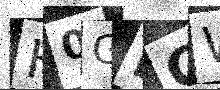
Text: H0GLCW